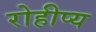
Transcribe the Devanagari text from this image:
रोहीप्य